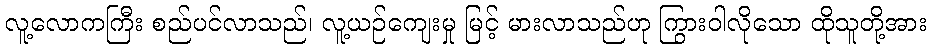
လူ့လောကကြီး စည်ပင်လာသည်၊ လူ့ယဉ်ကျေးမှု မြင့် မားလာသည်ဟု ကြွားဝါလိုသော ထိုသူတို့အား